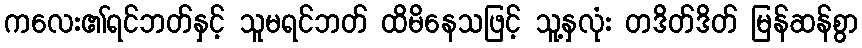
ကလေး၏ရင်ဘတ်နှင့် သူမရင်ဘတ် ထိမိနေသဖြင့် သူ့နှလုံး တဒိတ်ဒိတ် မြန်ဆန်စွာ